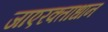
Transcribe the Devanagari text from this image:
जाएरक्ताधान